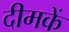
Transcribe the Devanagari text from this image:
दीमकें